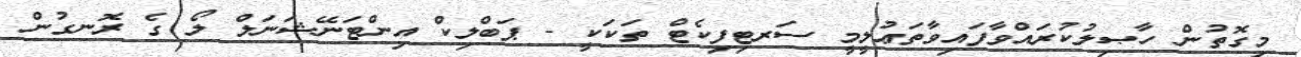
މިގޮތުން ހާޞިލުކުރައްވާފައިވާތަޢުލީމީ ސަރޓިފިކެޓް ތަކަކީ - ޕަބްލިކް އިންޓަނޭޝަނަލް ލޯ ގެ ރޮނގުން